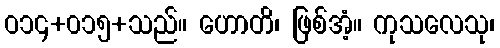
ဝ၁၄+၀၁၅+သည်။ ဟောတိ၊ ဖြစ်အံ့။ ကုသလေသု၊